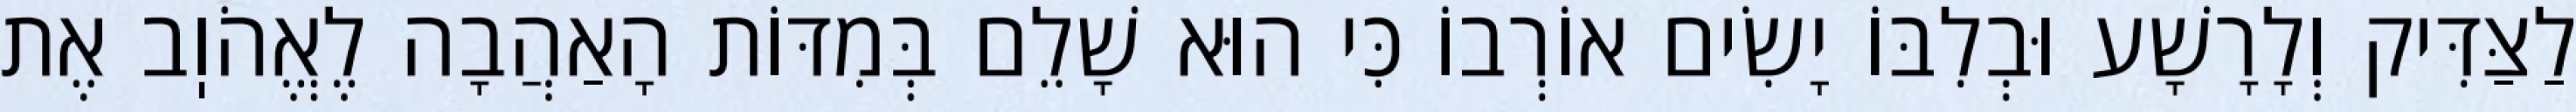
לַצַּדִּיק וְלָרָשָׁע וּבְלִבּוֹ יָשִׂים אוֹרְבוֹ כִּי הוּא שָׁלֵם בְּמִדּוֹת הָאַהֲבָה לֶאֱהֹוֽב אֶת